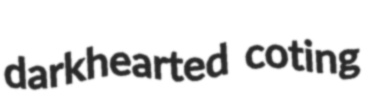
darkhearted coting